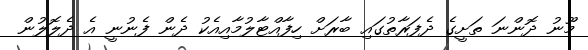
މޫނު ދޮންނަ ތަށީގެ ދެފަރާތުގައި ބާރަށް ހިފާއްޓާލުމާއިއެކު ދެން ފެނުނީ އެ ދެލޮލުން